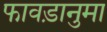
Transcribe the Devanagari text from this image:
फावड़ानुमा